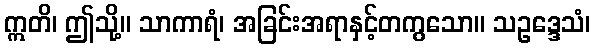
ဣတိ၊ ဤသို့။ သာကာရံ၊ အခြင်းအရာနှင့်တကွသော။ သဥဒ္ဒေသံ၊